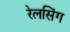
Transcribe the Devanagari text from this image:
रेलसिंग